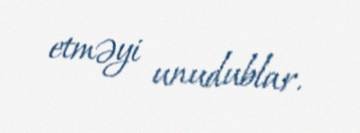
etməyi unudublar.